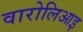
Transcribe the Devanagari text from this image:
वारोलिआइ